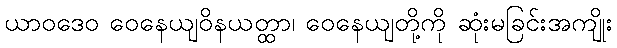
ယာဝဒေဝ ဝေနေယျဝိနယတ္ထာ၊ ဝေနေယျတို့ကို ဆုံးမခြင်းအကျိုး